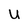
Character: U